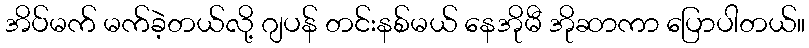
အိပ်မက် မက်ခဲ့တယ်လို့ ဂျပန် တင်းနစ်မယ် နေအိုမီ အိုဆာကာ ပြောပါတယ်။